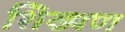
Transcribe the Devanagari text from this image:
शिख्षण